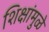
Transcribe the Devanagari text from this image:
शिक्षांमुळे